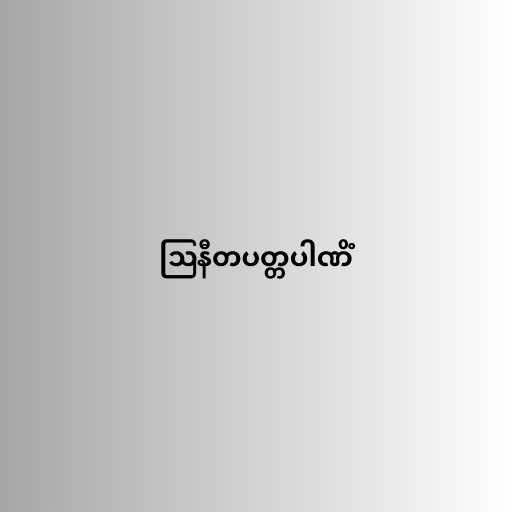
ဩနီတပတ္တပါဏိံ